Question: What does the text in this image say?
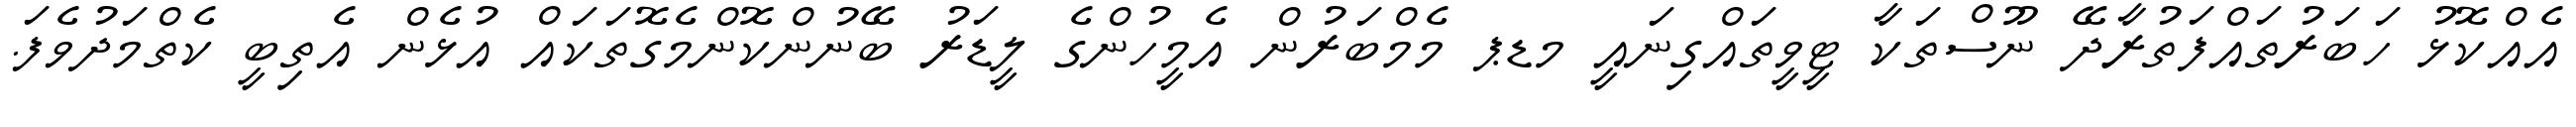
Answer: އެއްކޮޅު ހަބަރުތައްފަތުރާދޭ ނޫސްތަކާ ޓީވީތައްގިނައީ މޑޕ މެމްބަރުން އެމީހުންގެ ލީޑަރު ބޭނުންކޮންމެގޮތަކައް އުޅެން އެތިބީ ކެތްމަދުވެފަ.